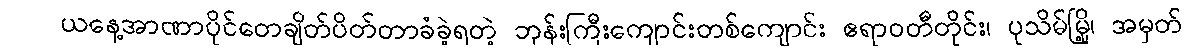
ယနေ့အာဏာပိုင်တေချိတ်ပိတ်တာခံခဲ့ရတဲ့ ဘုန်းကြီးကျောင်းတစ်ကျောင်း ဧရာဝတီတိုင်း၊ ပုသိမ်မြို့၊ အမှတ်